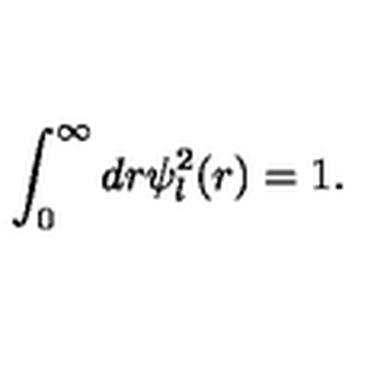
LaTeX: \displaystyle \int _ { 0 } ^ { \infty } d r \psi _ { l } ^ { 2 } ( r ) = 1 .